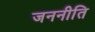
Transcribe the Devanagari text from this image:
जननीति